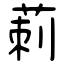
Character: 莿